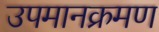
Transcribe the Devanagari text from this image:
उपमानक्रमण